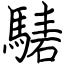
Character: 騞